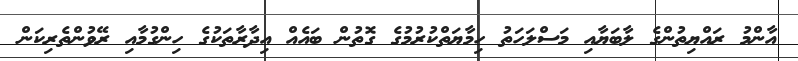
އާންމު ރައްޔިތުންގެ ލާބަޔާއި މަސްލަހަތު ހިމާޔަތްކުރުމުގެ ގޮތުން ބައެއް އިދާރާތަކުގެ ހިންގުމާއި ރޭވުންތެރިކަން